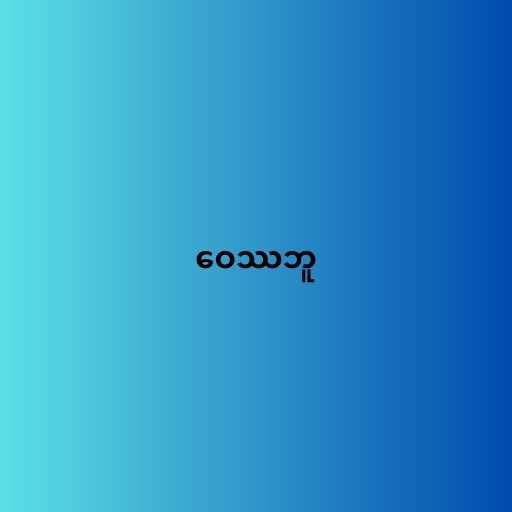
ဝေဿဘူ